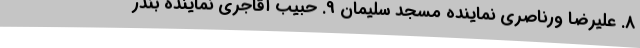
8. علیرضا ورناصری نماینده مسجد سلیمان 9. حبیب آقاجری نماینده بندر